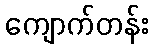
ကျောက်တန်း